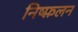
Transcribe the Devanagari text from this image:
निष्फ़लन